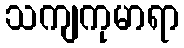
သကျကုမာရာ